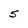
Character: 5